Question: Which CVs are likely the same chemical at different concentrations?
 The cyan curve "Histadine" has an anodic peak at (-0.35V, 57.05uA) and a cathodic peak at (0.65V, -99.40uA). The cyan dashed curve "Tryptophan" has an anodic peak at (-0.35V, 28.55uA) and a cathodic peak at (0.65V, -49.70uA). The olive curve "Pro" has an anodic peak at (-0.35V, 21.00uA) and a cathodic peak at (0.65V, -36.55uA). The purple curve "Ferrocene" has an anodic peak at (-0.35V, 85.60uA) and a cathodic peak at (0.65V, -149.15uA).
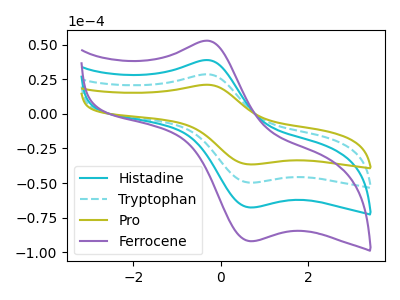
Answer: <think>All the peaks in "Histadine" have a peak in "Tryptophan" at the same potential. Every peak in "Histadine" is higher than every peak in "Tryptophan". All the peaks in "Histadine" have a peak in "Pro" at the same potential. Every peak in "Histadine" is higher than every peak in "Pro". All the peaks in "Histadine" have a peak in "Ferrocene" at the same potential. Every peak in "Histadine" is lower than every peak in "Ferrocene". All the peaks in "Tryptophan" have a peak in "Pro" at the same potential. Every peak in "Tryptophan" is higher than every peak in "Pro". All the peaks in "Tryptophan" have a peak in "Ferrocene" at the same potential. Every peak in "Tryptophan" is lower than every peak in "Ferrocene". All the peaks in "Pro" have a peak in "Ferrocene" at the same potential. Every peak in "Pro" is lower than every peak in "Ferrocene".
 </think>
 <answer>"Pro", "Histadine", "Tryptophan" and "Ferrocene" have the same shape and are likely CV's of the same chemical.</answer>
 <eval>"Pro" "Histadine" "Tryptophan" "Ferrocene"</eval>